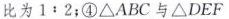
比为$$1 : 2$$；④ΔABC与ΔDEF